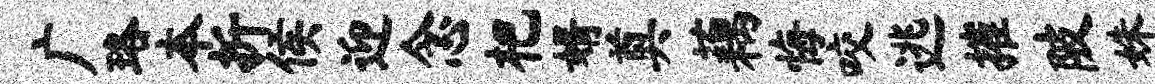
广珞本折侯迎念杷婿奠藕悔咬逃摧陂姝